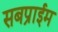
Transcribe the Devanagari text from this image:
सबप्राईम